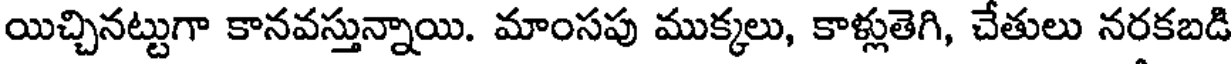
యిచ్చినట్టుగా కానవస్తున్నాయి. మాంసపు ముక్కలు, కాళ్లుతెగి, చేతులు నరకబడి